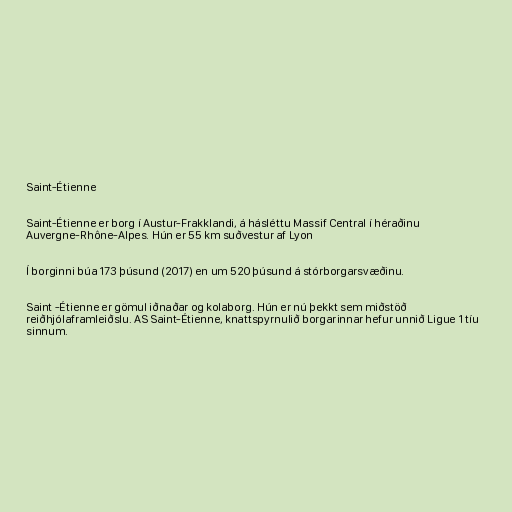
Saint-Étienne

Saint-Étienne er borg í Austur-Frakklandi, á hásléttu Massif Central í héraðinu
Auvergne-Rhône-Alpes. Hún er 55 km suðvestur af Lyon

Í borginni búa 173 þúsund (2017) en um 520 þúsund á stórborgarsvæðinu.

Saint -Étienne er gömul iðnaðar og kolaborg. Hún er nú þekkt sem miðstöð
reiðhjólaframleiðslu. AS Saint-Étienne, knattspyrnulið borgarinnar hefur unnið Ligue 1 tíu
sinnum.